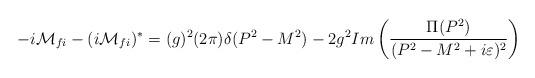
LaTeX: \begin{align*}-i{\cal M}_{fi}-(i{\cal M}_{fi})^*=(g)^2(2\pi )\delta (P^2-M^2)-2g^2 Im \left( {{{\Pi (P^2)}\over {(P^2-M^2+i\varepsilon )^2}}} \right)\end{align*}